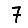
Digit: 7